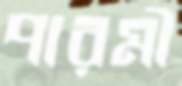
পারমী